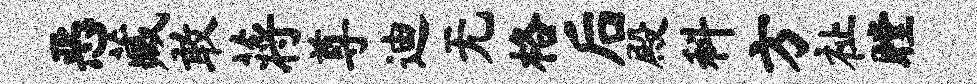
恶藏敢蒋尊迪无格后殿科方祉瞠